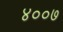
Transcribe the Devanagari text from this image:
४००७